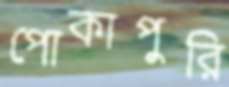
পোকাপুরি